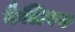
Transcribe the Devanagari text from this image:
कैलिबन